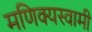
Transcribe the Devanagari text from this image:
मणिक्यस्वामी